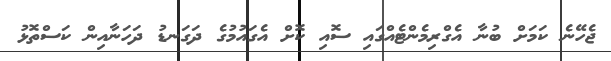
ޖެހޭނެ ކަމަށް ބުނާ އެގްރިމެންޓެއްގައި ސޮއި ކޮށް އެގައުމުގެ ދަގަނޑު ދަހަނާއިން ކަސްތޮޅު